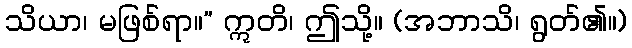
သိယာ၊ မဖြစ်ရာ။” ဣတိ၊ ဤသို့။ (အဘာသိ၊ ရွတ်၏။)